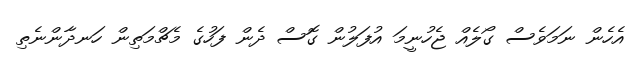
އެހެން ނަމަވެސް ގޯލެއް ޖެހުނީމަ އުފަލުން ގޮސް ދެން ފަހުގެ މެޗްމަތިން ހަނދާންނެތި